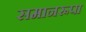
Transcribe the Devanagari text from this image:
समानरूपा